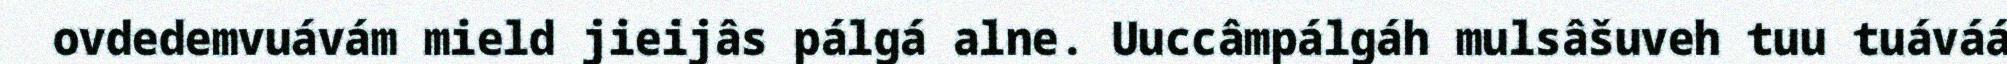
ovdedemvuávám mield jieijâs pálgá alne. Uuccâmpálgáh mulsâšuveh tuu tuáváá